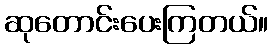
ဆုတောင်းပေးကြတယ်။